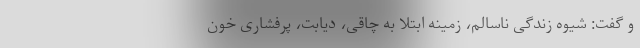
و گفت: شیوه زندگی ناسالم، زمینه ابتلا به چاقی، دیابت، پُرفشاری خون